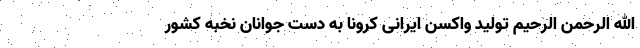
الله الرحمن الرحیم تولید واکسن ایرانی کرونا به دست جوانان نخبه کشور